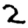
Digit: 2